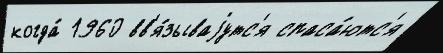
когда́ 1960 вв'я́зываjутс'я спаса́ютс'я